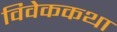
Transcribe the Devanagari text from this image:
विवेककथा